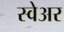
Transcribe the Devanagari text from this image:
स्वेअर